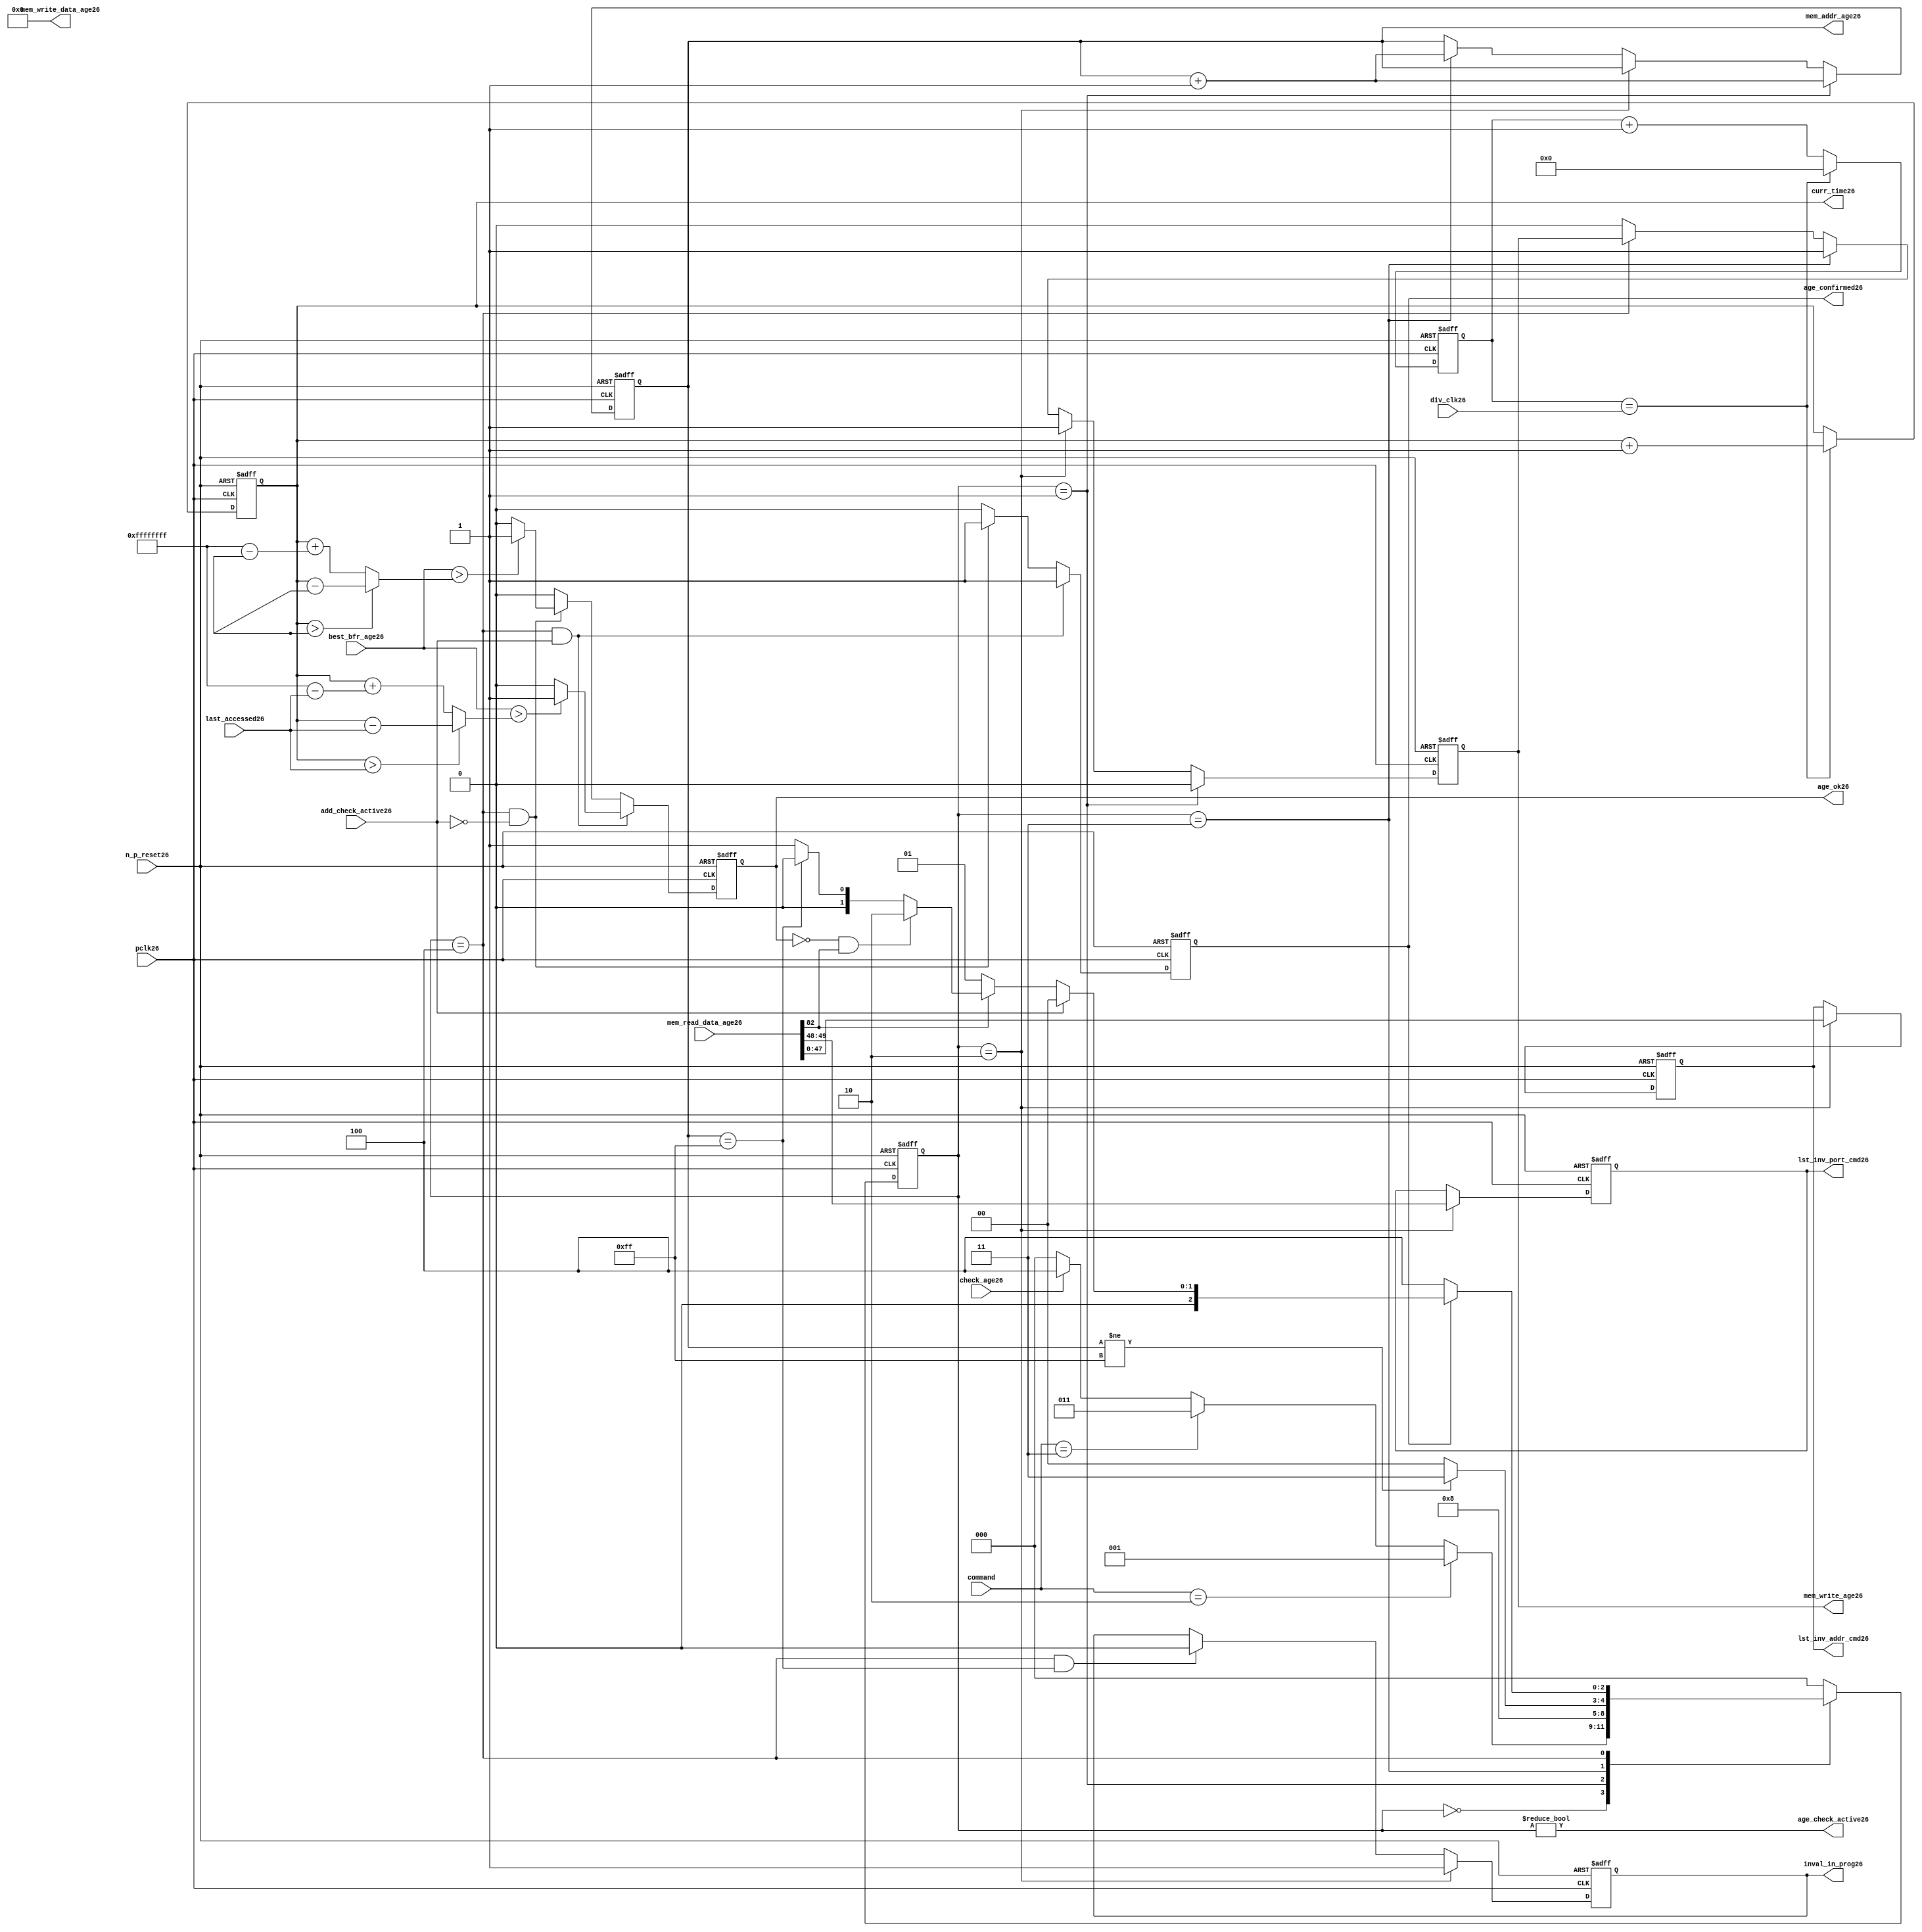
//File26 name   : alut_age_checker26.v
//Title26       : 
//Created26     : 1999
//Description26 : 
//Notes26       : 
//----------------------------------------------------------------------
//   Copyright26 1999-2010 Cadence26 Design26 Systems26, Inc26.
//   All Rights26 Reserved26 Worldwide26
//
//   Licensed26 under the Apache26 License26, Version26 2.0 (the
//   "License26"); you may not use this file except26 in
//   compliance26 with the License26.  You may obtain26 a copy of
//   the License26 at
//
//       http26://www26.apache26.org26/licenses26/LICENSE26-2.0
//
//   Unless26 required26 by applicable26 law26 or agreed26 to in
//   writing, software26 distributed26 under the License26 is
//   distributed26 on an "AS26 IS26" BASIS26, WITHOUT26 WARRANTIES26 OR26
//   CONDITIONS26 OF26 ANY26 KIND26, either26 express26 or implied26.  See
//   the License26 for the specific26 language26 governing26
//   permissions26 and limitations26 under the License26.
//----------------------------------------------------------------------

module alut_age_checker26
(   
   // Inputs26
   pclk26,
   n_p_reset26,
   command,          
   div_clk26,          
   mem_read_data_age26,
   check_age26,        
   last_accessed26, 
   best_bfr_age26,   
   add_check_active26,

   // outputs26
   curr_time26,         
   mem_addr_age26,      
   mem_write_age26,     
   mem_write_data_age26,
   lst_inv_addr_cmd26,    
   lst_inv_port_cmd26,  
   age_confirmed26,     
   age_ok26,
   inval_in_prog26,  
   age_check_active26          
);   

   input               pclk26;               // APB26 clock26                           
   input               n_p_reset26;          // Reset26                               
   input [1:0]         command;            // command bus                        
   input [7:0]         div_clk26;            // clock26 divider26 value
   input [82:0]        mem_read_data_age26;  // read data from memory             
   input               check_age26;          // request flag26 for age26 check
   input [31:0]        last_accessed26;      // time field sent26 for age26 check
   input [31:0]        best_bfr_age26;       // best26 before age26
   input               add_check_active26;   // active flag26 from address checker

   output [31:0]       curr_time26;          // current time,for storing26 in mem    
   output [7:0]        mem_addr_age26;       // address for R/W26 to memory     
   output              mem_write_age26;      // R/W26 flag26 (write = high26)            
   output [82:0]       mem_write_data_age26; // write data for memory             
   output [47:0]       lst_inv_addr_cmd26;   // last invalidated26 addr normal26 op    
   output [1:0]        lst_inv_port_cmd26;   // last invalidated26 port normal26 op    
   output              age_confirmed26;      // validates26 age_ok26 result 
   output              age_ok26;             // age26 checker result - set means26 in-date26
   output              inval_in_prog26;      // invalidation26 in progress26
   output              age_check_active26;   // bit 0 of status register           

   reg  [2:0]          age_chk_state26;      // age26 checker FSM26 current state
   reg  [2:0]          nxt_age_chk_state26;  // age26 checker FSM26 next state
   reg  [7:0]          mem_addr_age26;     
   reg                 mem_write_age26;    
   reg                 inval_in_prog26;      // invalidation26 in progress26
   reg  [7:0]          clk_div_cnt26;        // clock26 divider26 counter
   reg  [31:0]         curr_time26;          // current time,for storing26 in mem  
   reg                 age_confirmed26;      // validates26 age_ok26 result 
   reg                 age_ok26;             // age26 checker result - set means26 in-date26
   reg [47:0]          lst_inv_addr_cmd26;   // last invalidated26 addr normal26 op    
   reg [1:0]           lst_inv_port_cmd26;   // last invalidated26 port normal26 op    

   wire  [82:0]        mem_write_data_age26;
   wire  [31:0]        last_accessed_age26;  // read back time by age26 checker
   wire  [31:0]        time_since_lst_acc_age26;  // time since26 last accessed age26
   wire  [31:0]        time_since_lst_acc26; // time since26 last accessed address
   wire                age_check_active26;   // bit 0 of status register           

// Parameters26 for Address Checking26 FSM26 states26
   parameter idle26           = 3'b000;
   parameter inval_aged_rd26  = 3'b001;
   parameter inval_aged_wr26  = 3'b010;
   parameter inval_all26      = 3'b011;
   parameter age_chk26        = 3'b100;

   parameter max_addr       = 8'hff;
   parameter max_cnt26        = 32'hffff_ffff;

// -----------------------------------------------------------------------------
//   Generate26 current time counter
// -----------------------------------------------------------------------------
always @ (posedge pclk26 or negedge n_p_reset26)
   begin
   if (~n_p_reset26)
      clk_div_cnt26 <= 8'd0;
   else if (clk_div_cnt26 == div_clk26)
      clk_div_cnt26 <= 8'd0; 
   else 
      clk_div_cnt26 <= clk_div_cnt26 + 1'd1;
   end


always @ (posedge pclk26 or negedge n_p_reset26)
   begin
   if (~n_p_reset26)
      curr_time26 <= 32'd0;
   else if (clk_div_cnt26 == div_clk26)
      curr_time26 <= curr_time26 + 1'd1;
   end


// -----------------------------------------------------------------------------
//   Age26 checker State26 Machine26 
// -----------------------------------------------------------------------------
always @ (command or check_age26 or age_chk_state26 or age_confirmed26 or age_ok26 or
          mem_addr_age26 or mem_read_data_age26[82])
   begin
      case (age_chk_state26)
      
      idle26:
         if (command == 2'b10)
            nxt_age_chk_state26 = inval_aged_rd26;
         else if (command == 2'b11)
            nxt_age_chk_state26 = inval_all26;
         else if (check_age26)
            nxt_age_chk_state26 = age_chk26;
         else
            nxt_age_chk_state26 = idle26;

      inval_aged_rd26:
            nxt_age_chk_state26 = age_chk26;

      inval_aged_wr26:
            nxt_age_chk_state26 = idle26;

      inval_all26:
         if (mem_addr_age26 != max_addr)
            nxt_age_chk_state26 = inval_all26;  // move26 onto26 next address
         else
            nxt_age_chk_state26 = idle26;

      age_chk26:
         if (age_confirmed26)
            begin
            if (add_check_active26)                     // age26 check for addr chkr26
               nxt_age_chk_state26 = idle26;
            else if (~mem_read_data_age26[82])      // invalid, check next location26
               nxt_age_chk_state26 = inval_aged_rd26; 
            else if (~age_ok26 & mem_read_data_age26[82]) // out of date26, clear 
               nxt_age_chk_state26 = inval_aged_wr26;
            else if (mem_addr_age26 == max_addr)    // full check completed
               nxt_age_chk_state26 = idle26;     
            else 
               nxt_age_chk_state26 = inval_aged_rd26; // age26 ok, check next location26 
            end       
         else
            nxt_age_chk_state26 = age_chk26;

      default:
            nxt_age_chk_state26 = idle26;
      endcase
   end



always @ (posedge pclk26 or negedge n_p_reset26)
   begin
   if (~n_p_reset26)
      age_chk_state26 <= idle26;
   else
      age_chk_state26 <= nxt_age_chk_state26;
   end


// -----------------------------------------------------------------------------
//   Generate26 memory RW bus for accessing array when requested26 to invalidate26 all
//   aged26 addresses26 and all addresses26.
// -----------------------------------------------------------------------------
always @ (posedge pclk26 or negedge n_p_reset26)
   begin
   if (~n_p_reset26)
   begin
      mem_addr_age26 <= 8'd0;     
      mem_write_age26 <= 1'd0;    
   end
   else if (age_chk_state26 == inval_aged_rd26)  // invalidate26 aged26 read
   begin
      mem_addr_age26 <= mem_addr_age26 + 1'd1;     
      mem_write_age26 <= 1'd0;    
   end
   else if (age_chk_state26 == inval_aged_wr26)  // invalidate26 aged26 read
   begin
      mem_addr_age26 <= mem_addr_age26;     
      mem_write_age26 <= 1'd1;    
   end
   else if (age_chk_state26 == inval_all26)  // invalidate26 all
   begin
      mem_addr_age26 <= mem_addr_age26 + 1'd1;     
      mem_write_age26 <= 1'd1;    
   end
   else if (age_chk_state26 == age_chk26)
   begin
      mem_addr_age26 <= mem_addr_age26;     
      mem_write_age26 <= mem_write_age26;    
   end
   else 
   begin
      mem_addr_age26 <= mem_addr_age26;     
      mem_write_age26 <= 1'd0;    
   end
   end

// age26 checker will only ever26 write zero values to ALUT26 mem
assign mem_write_data_age26 = 83'd0;



// -----------------------------------------------------------------------------
//   Generate26 invalidate26 in progress26 flag26 (bit 1 of status register)
// -----------------------------------------------------------------------------
always @ (posedge pclk26 or negedge n_p_reset26)
   begin
   if (~n_p_reset26)
      inval_in_prog26 <= 1'd0;
   else if (age_chk_state26 == inval_aged_wr26) 
      inval_in_prog26 <= 1'd1;
   else if ((age_chk_state26 == age_chk26) & (mem_addr_age26 == max_addr))
      inval_in_prog26 <= 1'd0;
   else
      inval_in_prog26 <= inval_in_prog26;
   end


// -----------------------------------------------------------------------------
//   Calculate26 whether26 data is still in date26.  Need26 to work26 out the real time
//   gap26 between current time and last accessed.  If26 this gap26 is greater than
//   the best26 before age26, then26 the data is out of date26. 
// -----------------------------------------------------------------------------
assign time_since_lst_acc26 = (curr_time26 > last_accessed26) ? 
                            (curr_time26 - last_accessed26) :  // no cnt wrapping26
                            (curr_time26 + (max_cnt26 - last_accessed26));

assign time_since_lst_acc_age26 = (curr_time26 > last_accessed_age26) ? 
                                (curr_time26 - last_accessed_age26) : // no wrapping26
                                (curr_time26 + (max_cnt26 - last_accessed_age26));


always @ (posedge pclk26 or negedge n_p_reset26)
   begin
   if (~n_p_reset26)
      begin
      age_ok26 <= 1'b0;
      age_confirmed26 <= 1'b0;
      end
   else if ((age_chk_state26 == age_chk26) & add_check_active26) 
      begin                                       // age26 checking for addr chkr26
      if (best_bfr_age26 > time_since_lst_acc26)      // still in date26
         begin
         age_ok26 <= 1'b1;
         age_confirmed26 <= 1'b1;
         end
      else   // out of date26
         begin
         age_ok26 <= 1'b0;
         age_confirmed26 <= 1'b1;
         end
      end
   else if ((age_chk_state26 == age_chk26) & ~add_check_active26)
      begin                                      // age26 checking for inval26 aged26
      if (best_bfr_age26 > time_since_lst_acc_age26) // still in date26
         begin
         age_ok26 <= 1'b1;
         age_confirmed26 <= 1'b1;
         end
      else   // out of date26
         begin
         age_ok26 <= 1'b0;
         age_confirmed26 <= 1'b1;
         end
      end
   else
      begin
      age_ok26 <= 1'b0;
      age_confirmed26 <= 1'b0;
      end
   end



// -----------------------------------------------------------------------------
//   Generate26 last address and port that was cleared26 in the invalid aged26 process
// -----------------------------------------------------------------------------
always @ (posedge pclk26 or negedge n_p_reset26)
   begin
   if (~n_p_reset26)
      begin
      lst_inv_addr_cmd26 <= 48'd0;
      lst_inv_port_cmd26 <= 2'd0;
      end
   else if (age_chk_state26 == inval_aged_wr26)
      begin
      lst_inv_addr_cmd26 <= mem_read_data_age26[47:0];
      lst_inv_port_cmd26 <= mem_read_data_age26[49:48];
      end
   else 
      begin
      lst_inv_addr_cmd26 <= lst_inv_addr_cmd26;
      lst_inv_port_cmd26 <= lst_inv_port_cmd26;
      end
   end


// -----------------------------------------------------------------------------
//   Set active bit of status, decoded26 off26 age_chk_state26
// -----------------------------------------------------------------------------
assign age_check_active26 = (age_chk_state26 != 3'b000);

endmodule